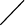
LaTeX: \diagup